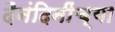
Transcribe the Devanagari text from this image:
दैनंदिनींच्या